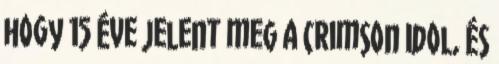
hogy 15 éve jelent meg a Crimson Idol, és